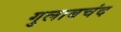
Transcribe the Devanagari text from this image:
गुलाबचंद